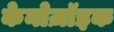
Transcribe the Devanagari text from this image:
केनोज़ॉइक